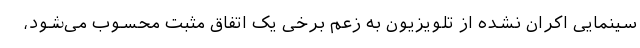
سینمایی اکران نشده از تلویزیون به زعم برخی یک اتفاق مثبت محسوب می‌شود،